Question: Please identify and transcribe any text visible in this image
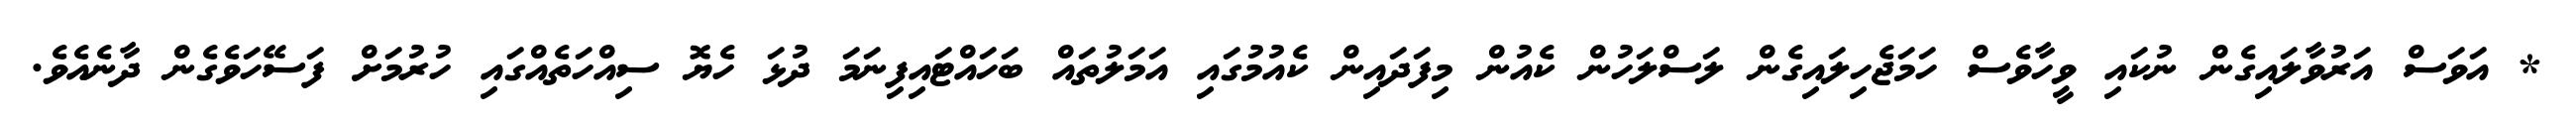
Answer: * އަވަސް އަރުވާލައިގެން ނުކައި ވީހާވެސް ހަމަޖެހިލައިގެން ލަސްލަހުން ކެއުން މިފަދައިން ކެއުމުގައި އަމަލުތައް ބަހައްޓައިފިނަމަ ދުޅަ ހެޔޮ ސިއްހަތެއްގައި ހުރުމަށް ފަސޭހަވެގެން ދާނެއެވެ.